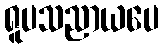
ရူပသညာယပေ